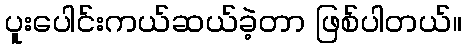
ပူးပေါင်းကယ်ဆယ်ခဲ့တာ ဖြစ်ပါတယ်။